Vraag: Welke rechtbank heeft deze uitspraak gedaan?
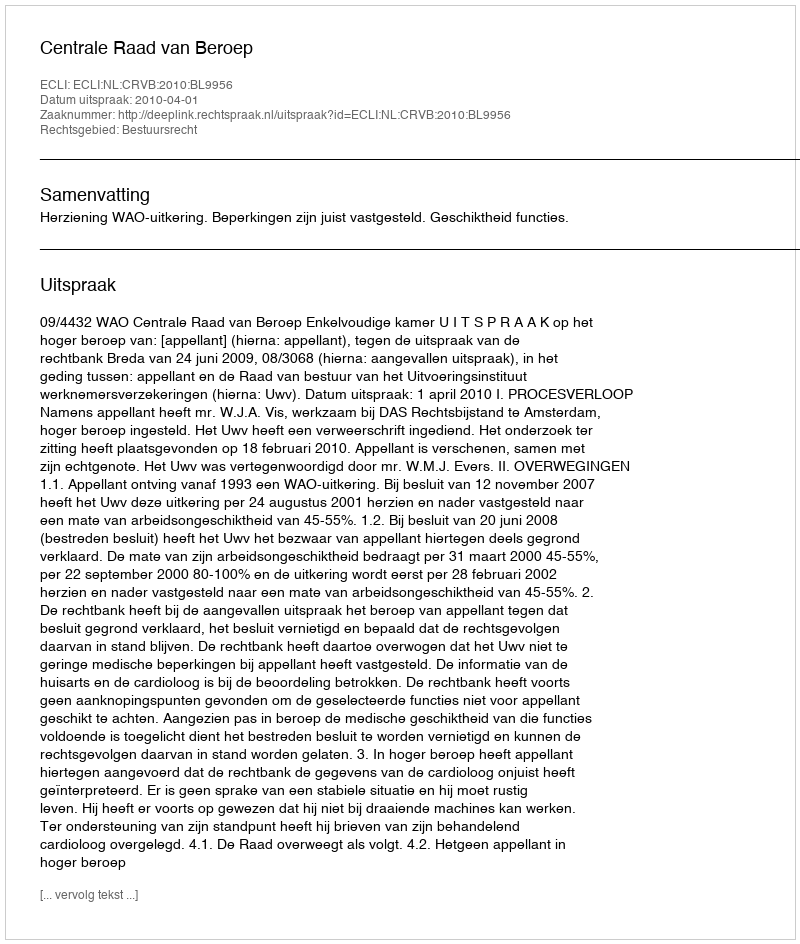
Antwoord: Centrale Raad van Beroep